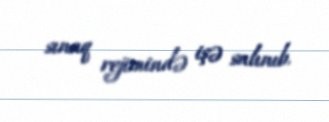
sınaq rejimində işə salınıb.